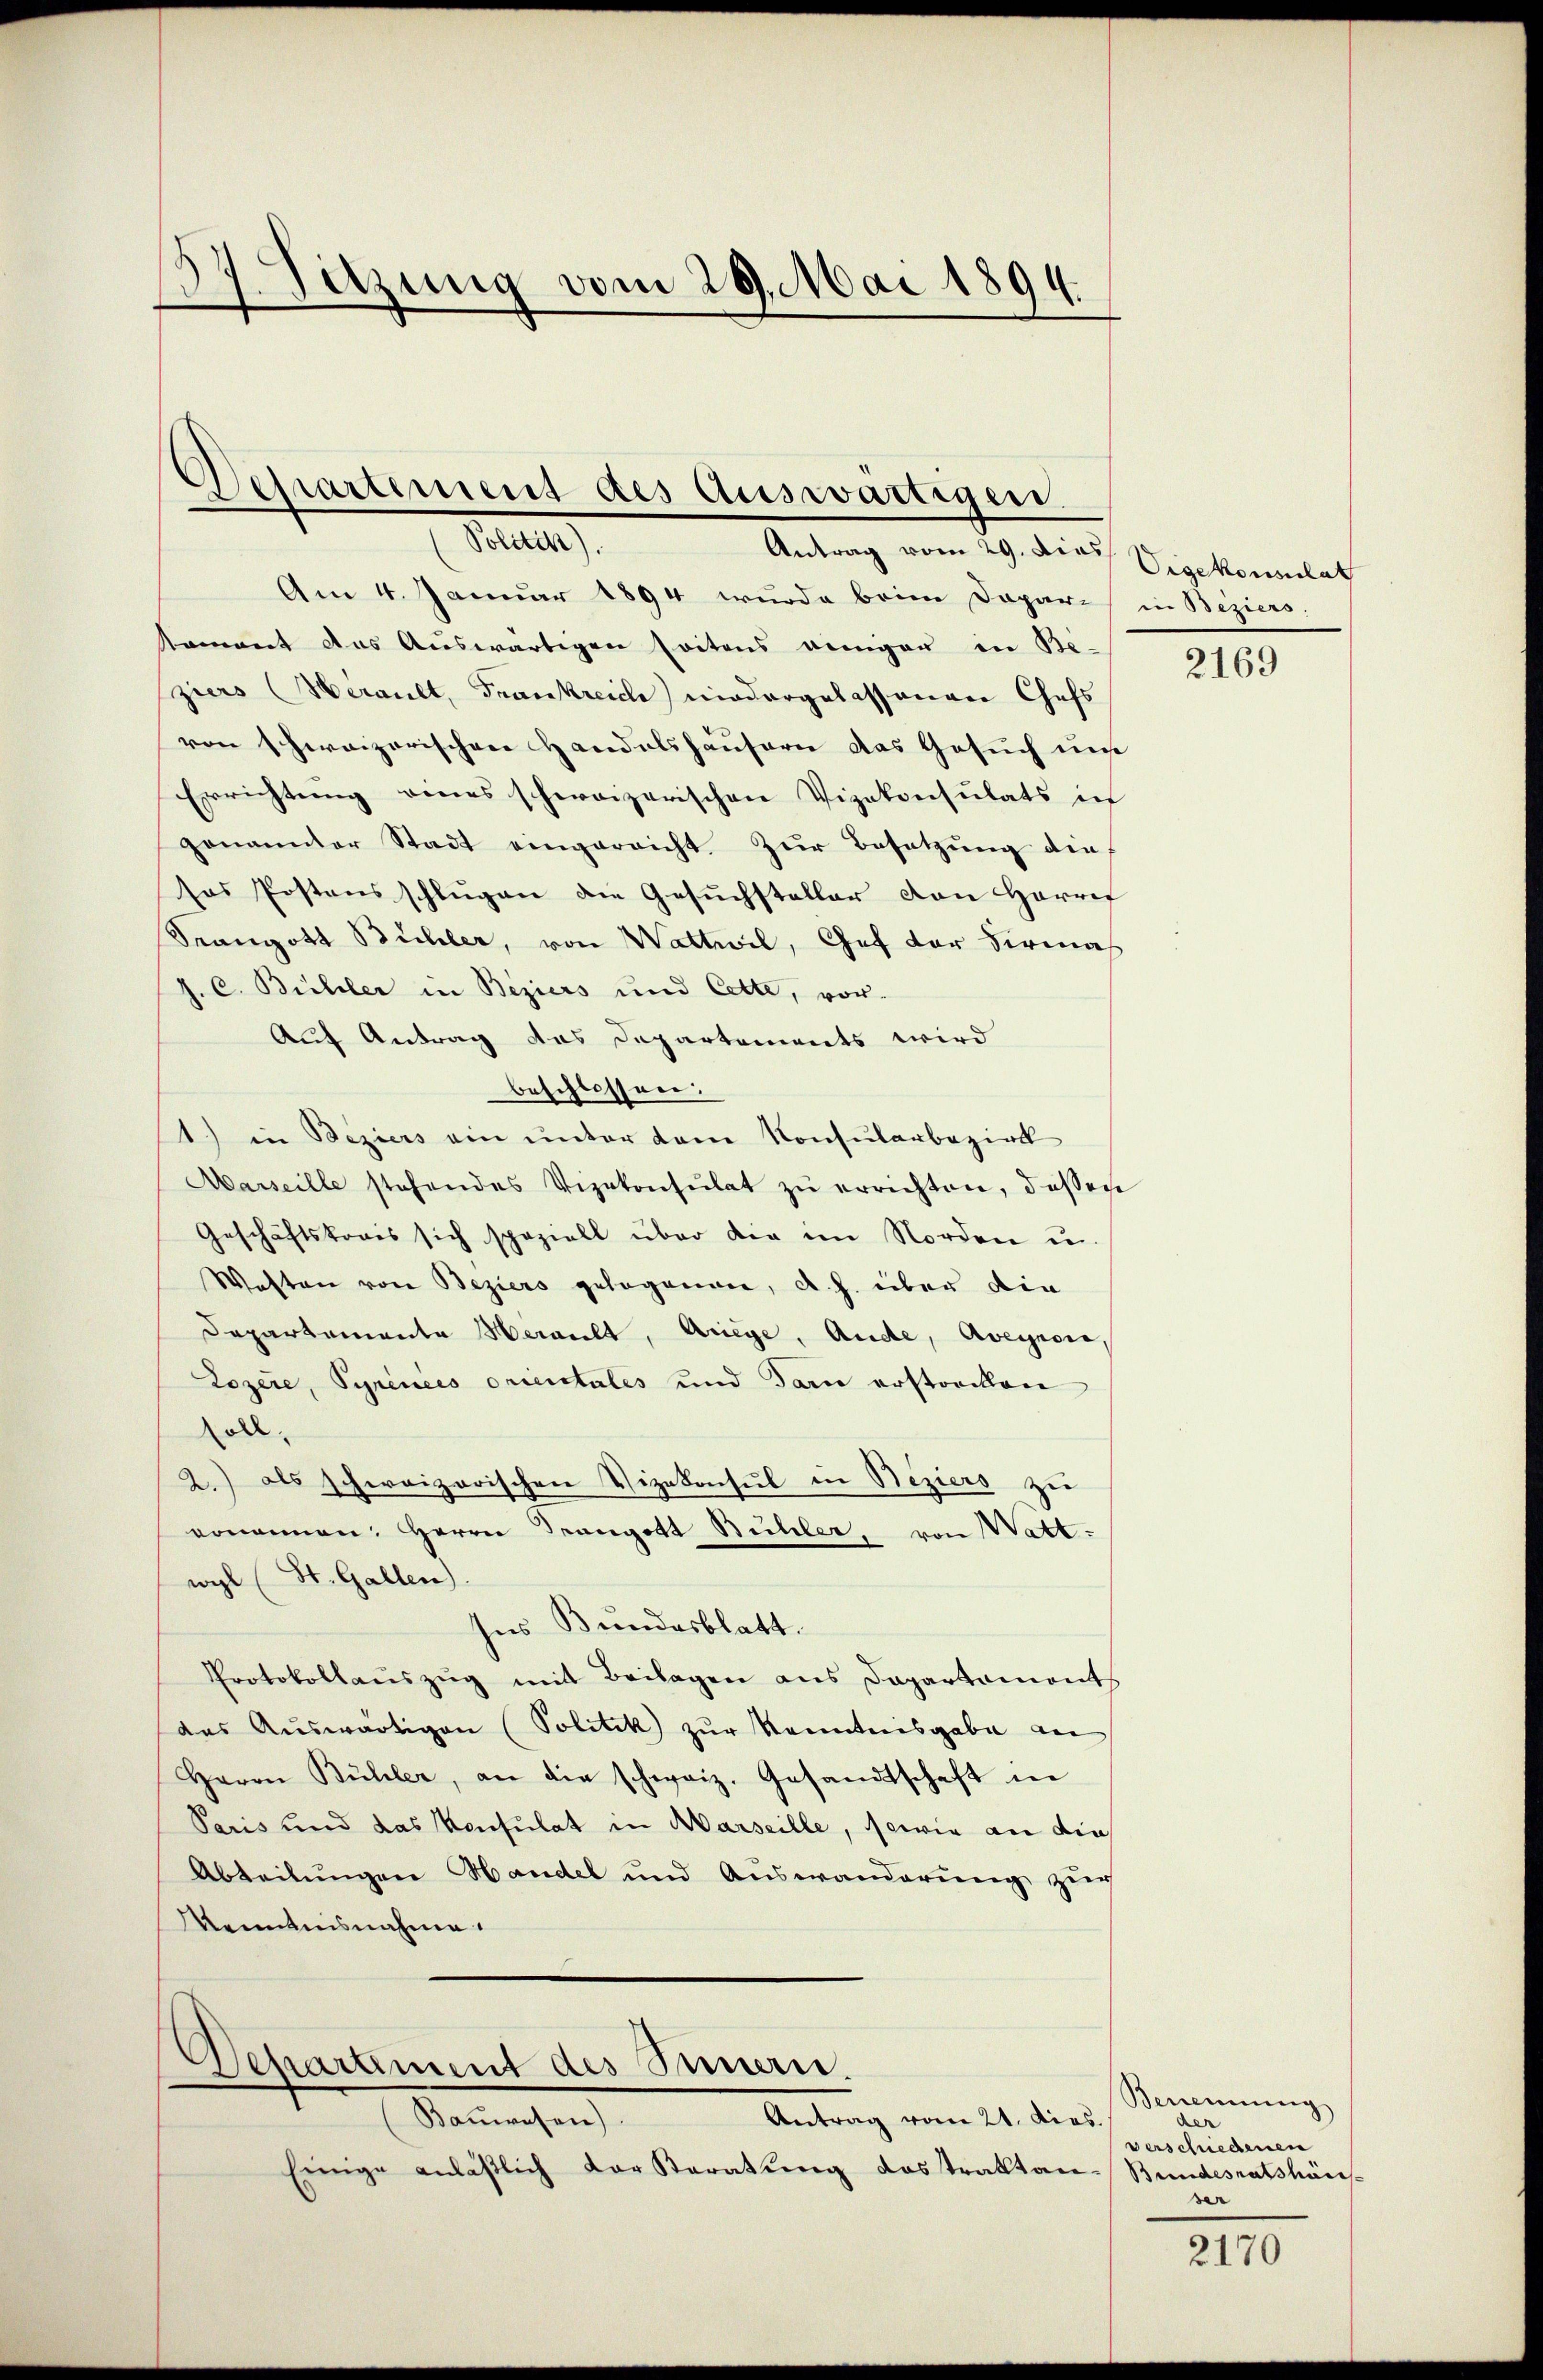
Sitzung vom 29. Mai 1894.

Departement des Auswärtigen.
Politik).
Antrag vom 29. Dies

Am 4. Januar 1894 wurde beim Dopar-
Nament das Aŭswärtigen seitens wenigen in Be-
ziers Herault, Frankreich niedergelassenen Chefs
von schweizerischen Handelshäusern das Gesuch un
Errichtung eines schweizerischen Vizekonsulats ich
genannter Stadt eingereicht. Zŭr Besetzŭng die
sos Postens schlugen die Gesuchsteller den Harref
Seangott Büchler, von Wattwil, Chef der Firmas
J. C. Büchler in Beziers und Cette, vor-
Auf Antrag des Departements wird
beschlossen:
1) in Beziers ein unter dem Konsularbezirk
Aarseille stehendes Vizekonsulat zŭ errichten, dassen
Geschäftskrais sich speziell über die im Norden u.
Wasten von Beziers gelegenen, A. h. über die
Departemente Herault, Auge, Ande, Aveynon,
Lozere, Syrinces orientales und dann erstoriken
soll,
2.) als schweizerischen Vizekonsul in Beziers zu
nonnen. Herrn Drangott Bühler, von Watt:
wyl (St. Gallen).
ses Bundesblatt.
Protokollauszug mit Beilagen aus Dapartemont
das Aŭswärtigen (Politik zŭr Kenntnisgabe an
Herrn Bühler, an die schweiz. Gesandtschaft in
Paris und das Konsulat in Marseille, sowie an die
Abteilungen Handel und Auswanderung zur
Kenntnisnahme.

Departement des Innen.

Antrag vom 21. dies.
Bauwesen).
Einige anläßlich der Karatung desstraktan-Bundesratshäus

Vigekonsulat
in Beziers.

2169

Benennung
de
verschiedenen
der

2170